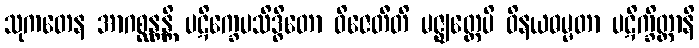
သုကတေန အာဂစ္ဆန္တန္တိ ပဋိက္ခေပသိဒ္ဓိတော ဝိဇေတီတိ မဇ္ဈတ္တေပိ ဝိနယဓမ္မတာ ပဋိက္ခိတ္တာနိ